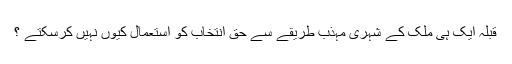
قبلہ ایک ہی ملک کے شہری مہذب طریقے سے حق انتخاب کو استعمال کیوں نہیں کرسکتے ؟